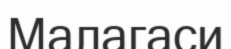
Малагаси